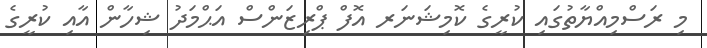
މި ރަސްމިއްޔާތުގައި ކުރީގެ ކޮމިޝަނަރ އޮފް ޕްރިޒަންސް އަޙްމަދު ޝިހާން އާއި ކުރީގެ